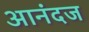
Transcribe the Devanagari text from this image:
आनंदज